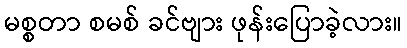
မစ္စတာ စမစ် ခင်ဗျား ဖုန်းပြောခဲ့လား။